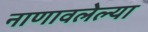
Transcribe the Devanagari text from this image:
नाणावलेल्या